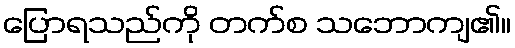
ပြောရသည်ကို တက်စ သဘောကျ၏။